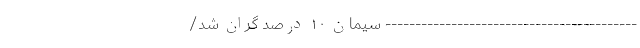
------------------------------------------ سیمان ۱۰ درصد گران شد/